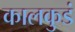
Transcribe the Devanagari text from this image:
कालकुडं